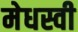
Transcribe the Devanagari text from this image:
मेधस्वी